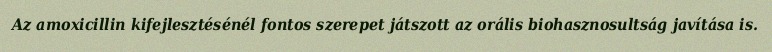
Az amoxicillin kifejlesztésénél fontos szerepet játszott az orális biohasznosultság javítása is.